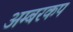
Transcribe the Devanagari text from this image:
अम्बरकप